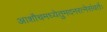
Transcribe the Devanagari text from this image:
आशौचमध्येतुमदनरत्नेसंवर्तः